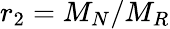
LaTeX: r_{2}=M_{N}/M_{R}